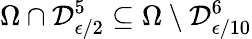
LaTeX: \Omega\cap\mathcal{D}_{\epsilon/2}^{5}\subseteq\Omega\setminus\mathcal{D}_{\epsilon/10}^{6}